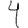
Digit: 4